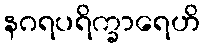
နဂရပရိက္ခာရေဟိ